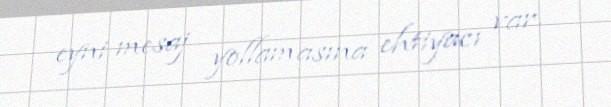
eyni mesaj yollamasına ehtiyacı var.